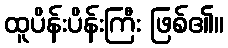
ထူပိန်းပိန်းကြီး ဖြစ်၏။